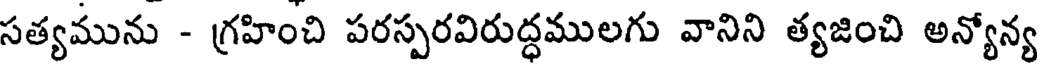
సత్యమును - గ్రహించి పరస్పరవిరుద్ధములగు వానిని త్యజించి అన్యోన్య